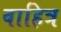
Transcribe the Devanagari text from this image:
वाहित्र